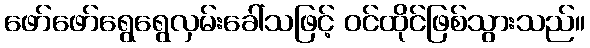
ဖော်ဖော်ရွေရွေလှမ်းခေါ်သဖြင့် ဝင်ထိုင်ဖြစ်သွားသည်။